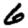
Digit: 6